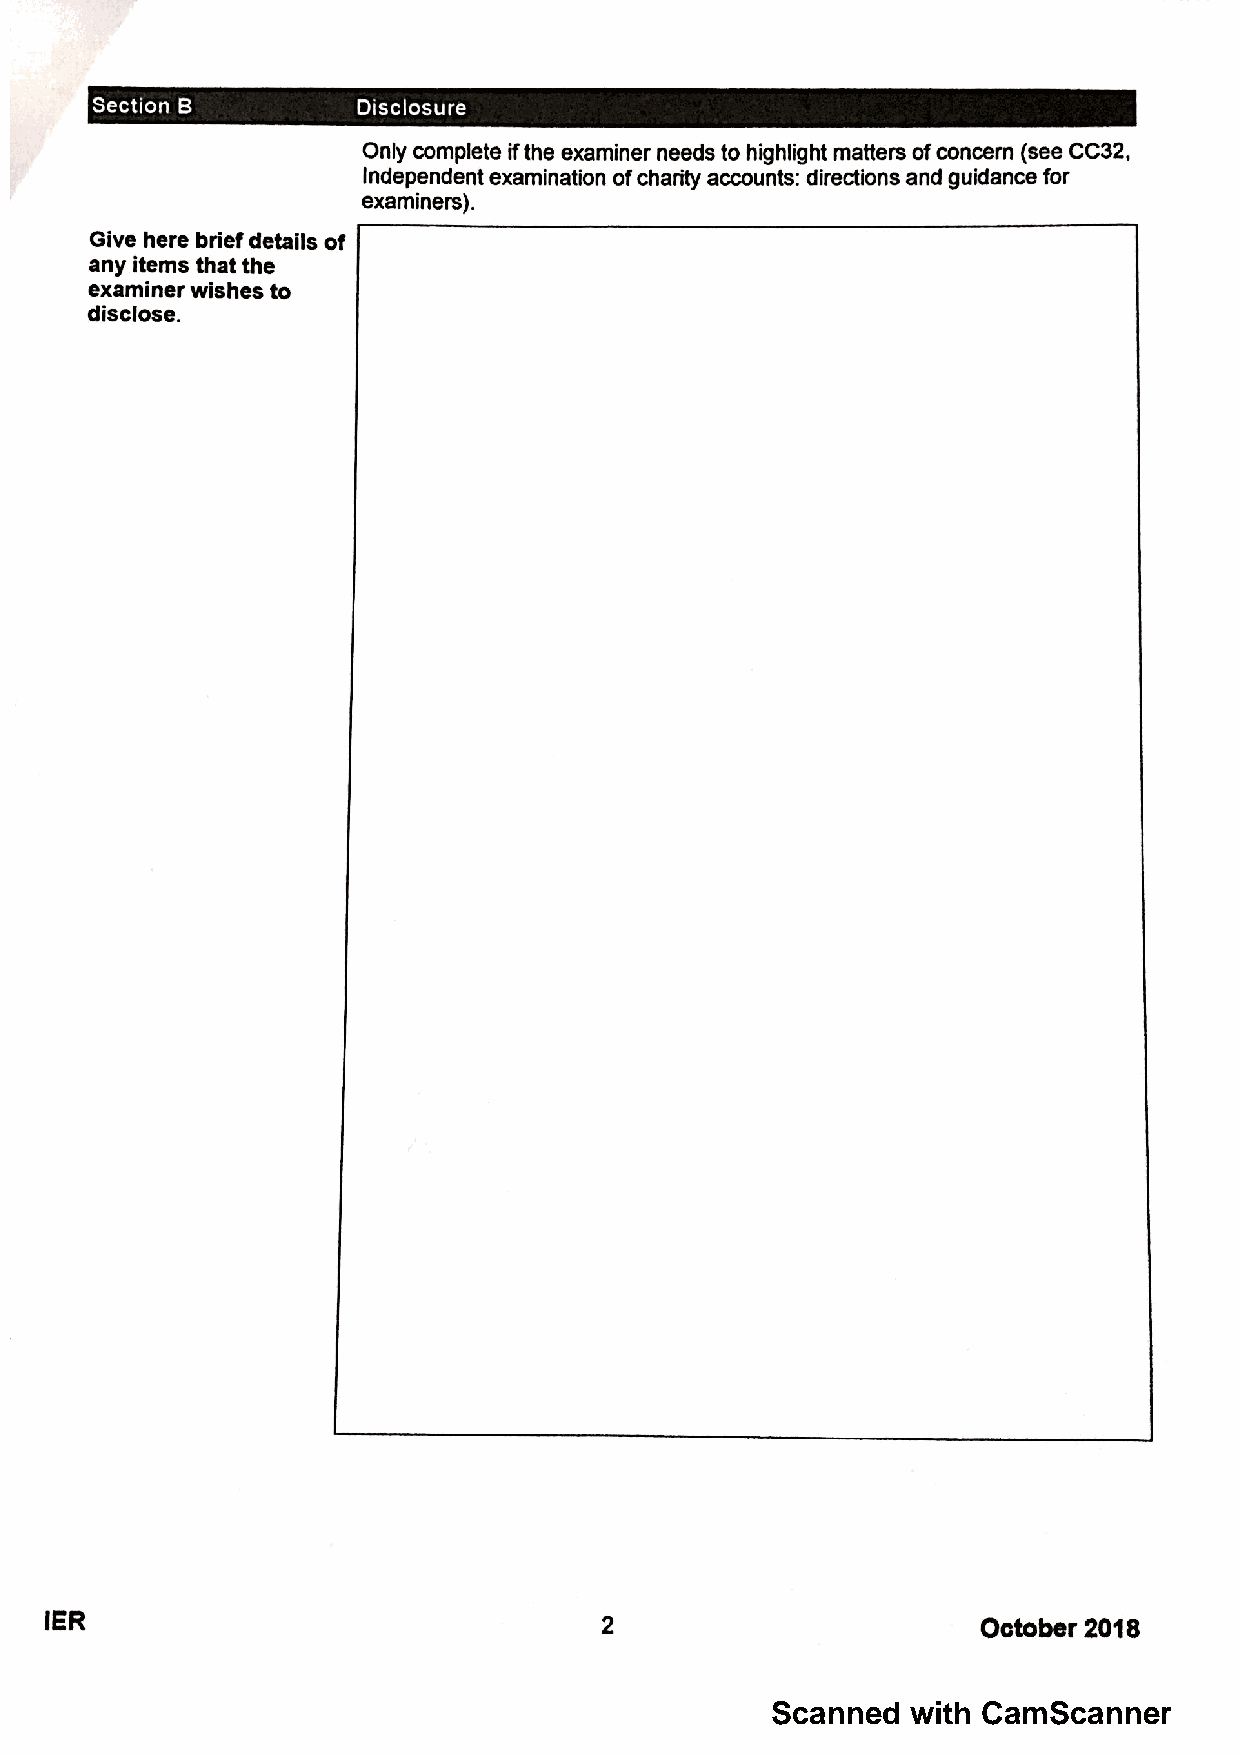
Scanned  with CamScanner